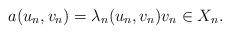
LaTeX: \begin{align*}a(u_n, v_n) =\lambda_n (u_n, v_n) v_n \in X_n.\end{align*}